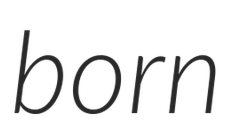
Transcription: born